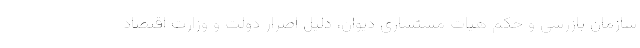
سازمان بازرسی و حکم هیات مستشاری دیوان، دلیل اصرار دولت و وزارت اقتصاد